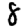
Digit: 8